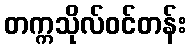
တက္ကသိုလ်ဝင်တန်း